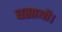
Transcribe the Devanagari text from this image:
बसायौ।